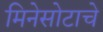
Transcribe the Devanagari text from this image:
मिनेसोटाचे